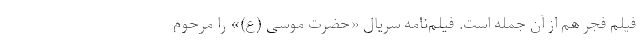
فیلم فجر هم از آن جمله است. فیلم‌نامه سریال «حضرت موسی (ع)» را مرحوم